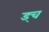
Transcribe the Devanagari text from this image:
ड्च